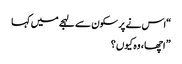
“اس نے پرسکون سے لہجے میں کہا
” اچھا ، وہ کیوں ؟